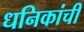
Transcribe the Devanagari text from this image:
धनिकांची